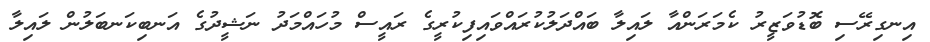
އިނގިރޭސި ބޮޑުވަޒީރު ކެމަރަންއާ ލައިލާ ބައްދަލުކުރައްވައިފިކުރީގެ ރައީސް މުހައްމަދު ނަޝީދުގެ އަނބިކަނބަލުން ލައިލާ